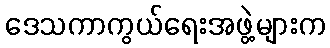
ဒေသကာကွယ်ရေးအဖွဲ့များက